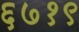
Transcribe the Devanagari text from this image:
६७१९